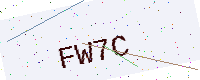
Text: FW7C